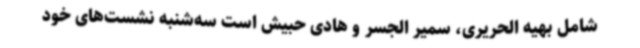
شامل بهیه الحریری، سمیر الجسر و هادی حبیش است سه‌شنبه نشست‌های خود